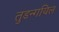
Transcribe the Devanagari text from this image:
तुडन्गयिल